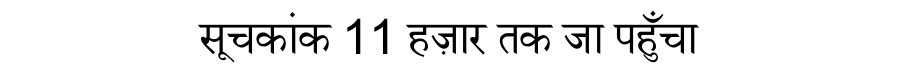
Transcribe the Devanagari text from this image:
सूचकांक 11 हज़ार तक जा पहुँचा